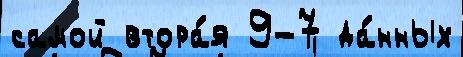
самой втора́я 9-7 да́нных